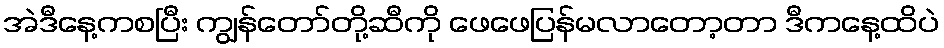
အဲဒီနေ့ကစပြီး ကျွန်တော်တို့ဆီကို ဖေဖေပြန်မလာတော့တာ ဒီကနေ့ထိပဲ